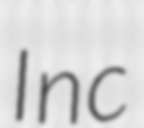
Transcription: Inc